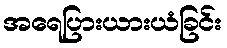
အရေပြားယားယံခြင်း